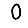
Digit: 0